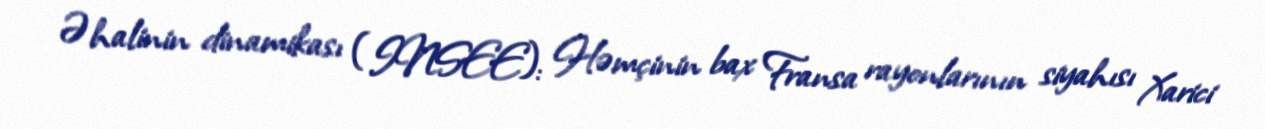
Əhalinin dinamikası (INSEE): Həmçinin bax Fransa rayonlarının siyahısı Xarici